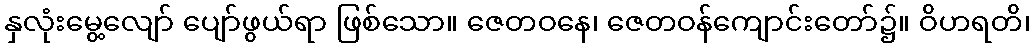
နှလုံးမွေ့လျော် ပျော်ဖွယ်ရာ ဖြစ်သော။ ဇေတဝနေ၊ ဇေတဝန်ကျောင်းတော်၌။ ဝိဟရတိ၊